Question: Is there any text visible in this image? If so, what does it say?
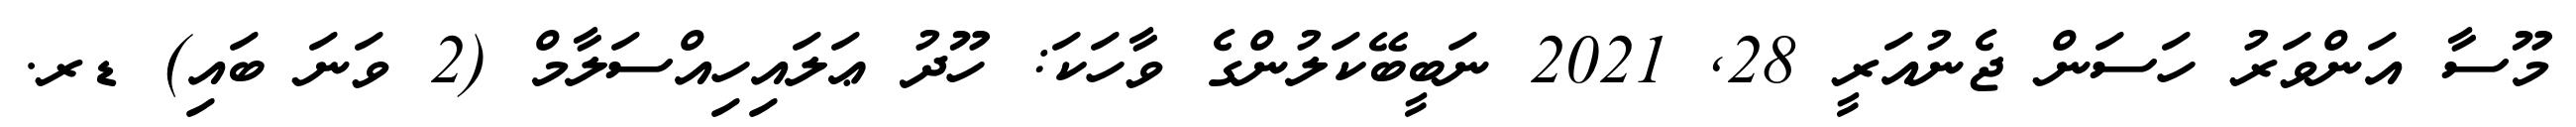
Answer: މޫސާ އަންވަރު ހަސަން ޖެނުއަރީ 28, 2021 ނަބީބޭކަލުންގެ ވާހަކަ: ހޫދު ޢަލައިހިއްސަލާމް (2 ވަނަ ބައި) ޑރ.